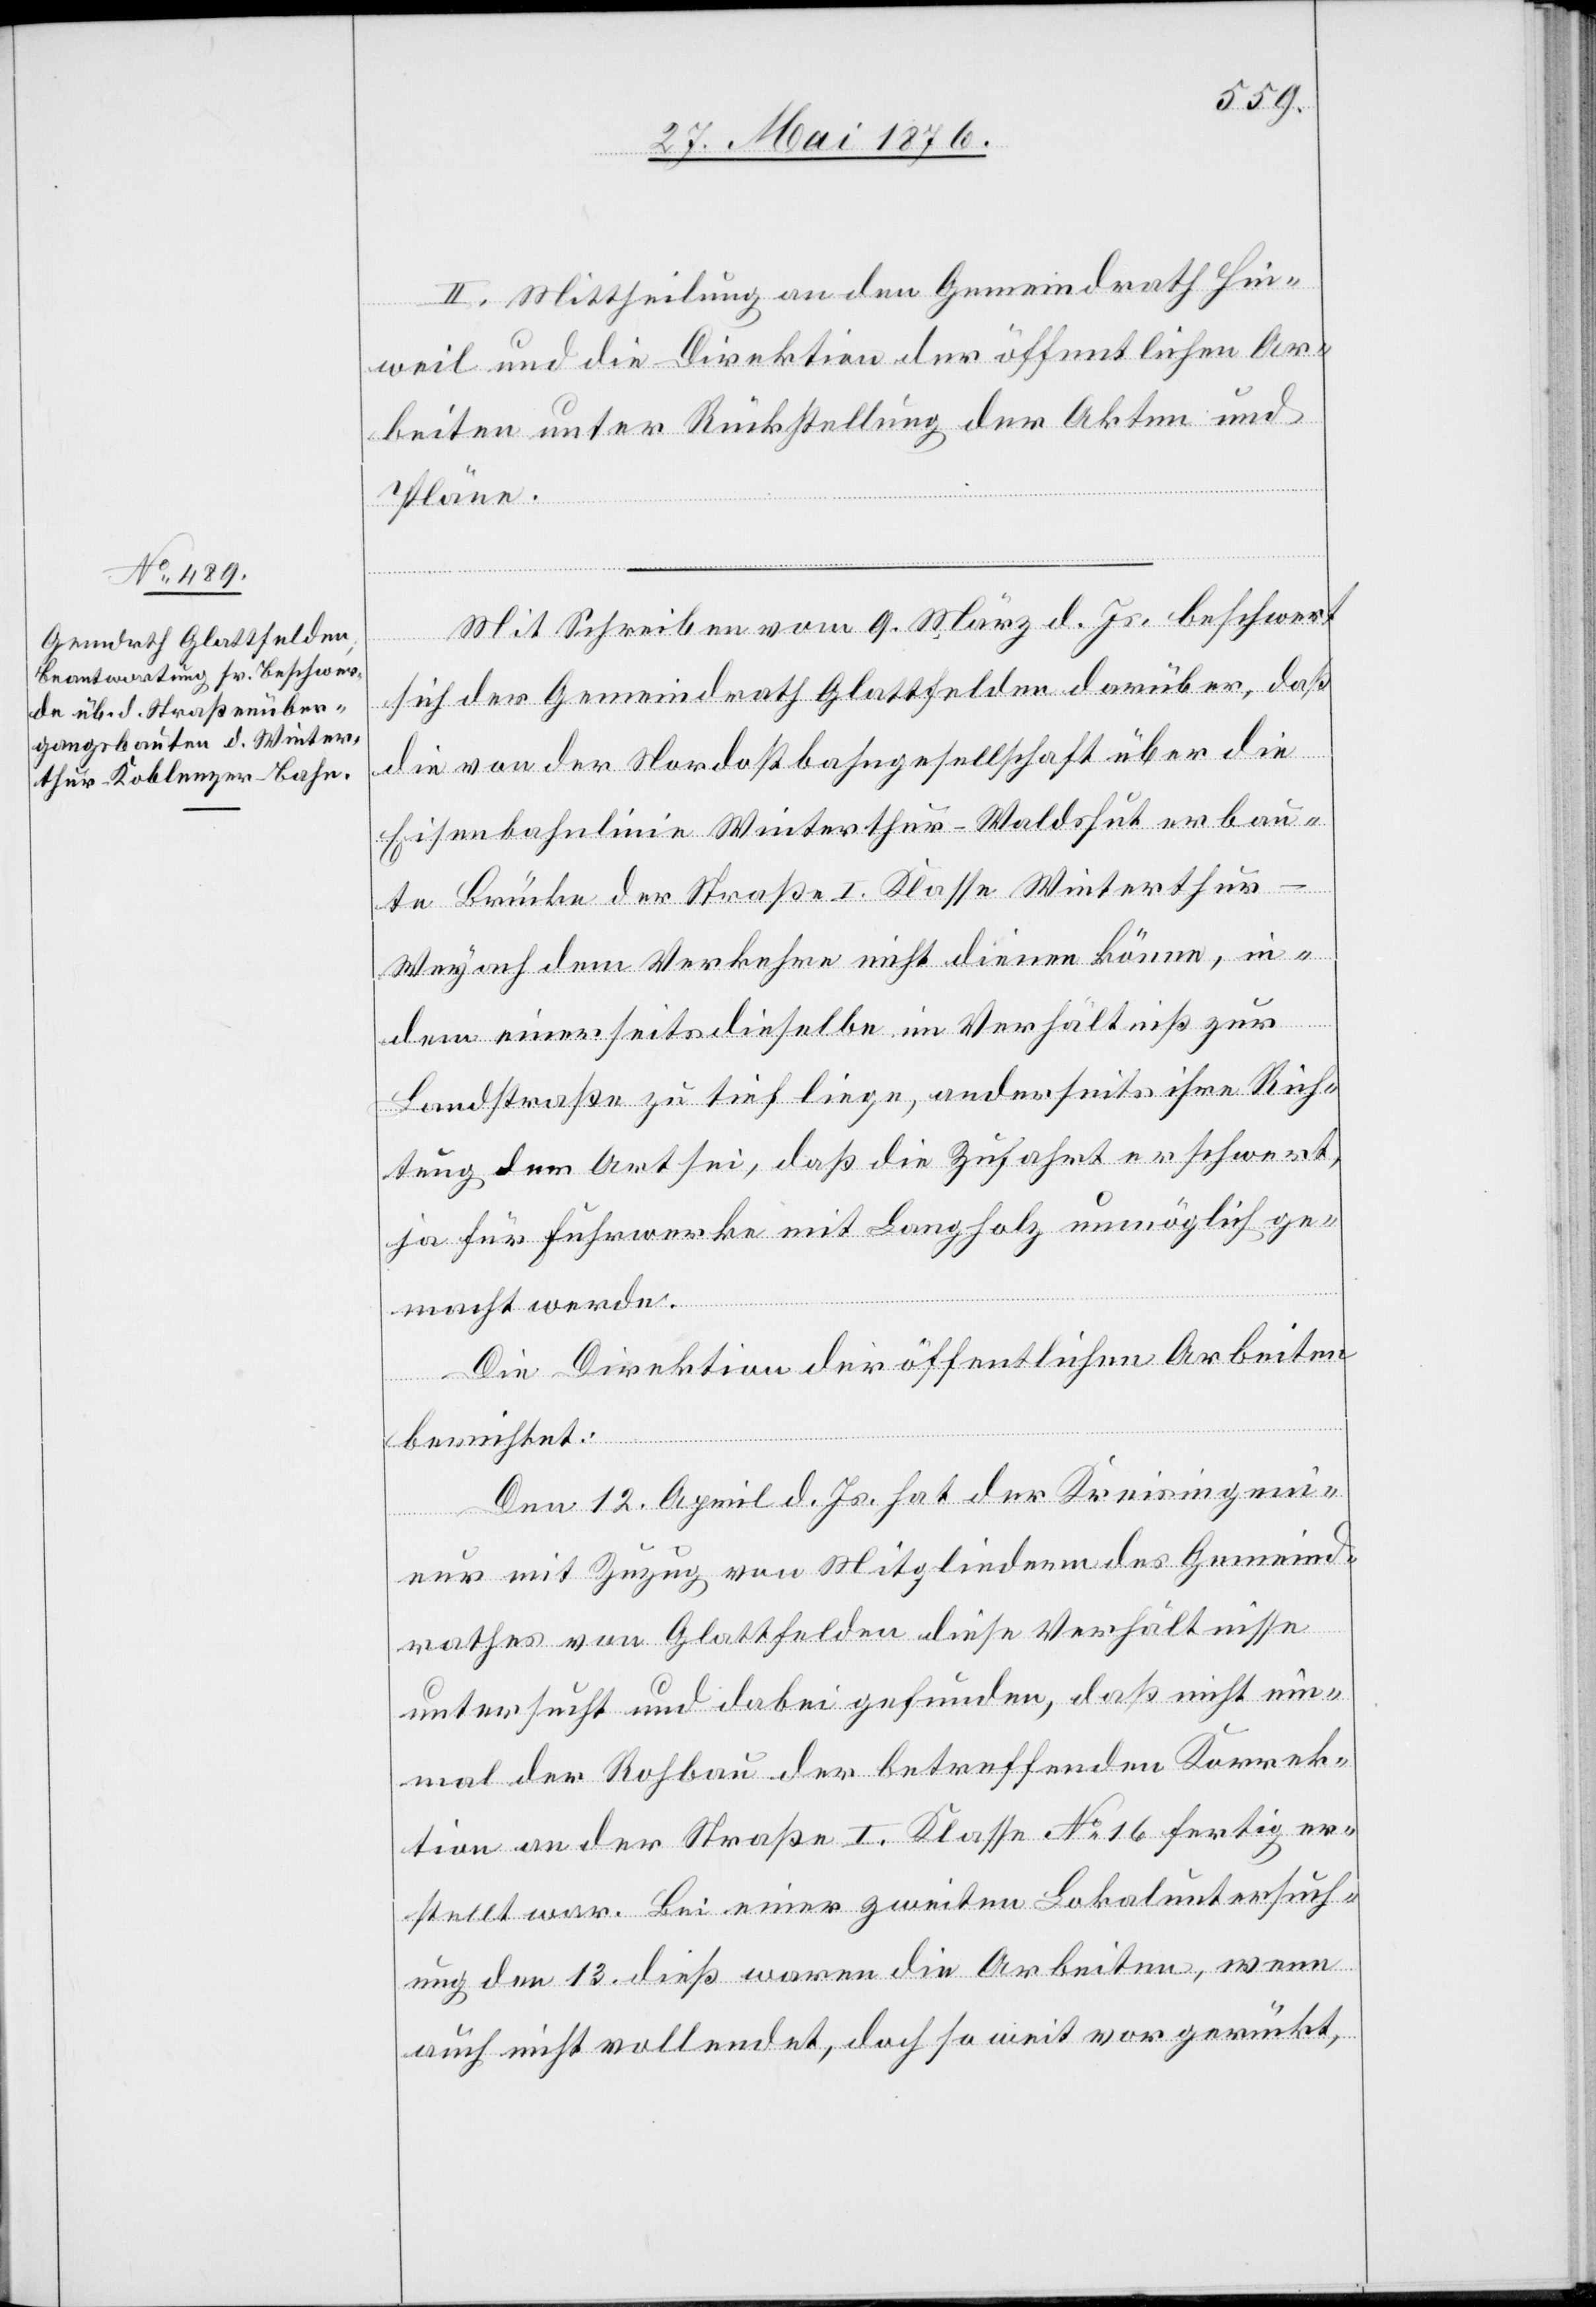
II. Mittheilung an den Gemeindrath Hin¬
weil und die Direktion der öffentlichen Ar¬
beiten unter Rückstellung der Akten und
Pläne.
Mit Schreiben vom 9. März d. Js. beschwert
sich der Gemeindrath Glattfelden darüber, daß
die von der Nordostbahngesellschaft über die
Eisenbahnlinie Winterthur–Waldshut erbau¬
te Brücke der Straße I. Klasse Winterthur–W¬
eyach dem Verkehre nicht dienen könne, in¬
dem einerseits dieselbe im Verhältniß zur
Landstraße zu tief liege, anderseits ihre Rich¬
tung der Art sei, daß die Zufahrt erschwert,
ja für Fuhrwerke mit Langholz unmöglich ge¬
macht werde.
Die Direktion der öffentlichen Arbeiten
berichtet:
Den 12. April d. Js. hat der Kreisingeni¬
eur mit Zuzug von Mitgliedern des Gemeind¬
rathes von Glattfelden diese Verhältnisse
untersucht und dabei gefunden, daß nicht ein¬
mal der Rohbau der betreffenden Korrek¬
tion an der Straße I. Klasse No 16 fertig er¬
stellt war. Bei einer zweiten Lokaluntersuch¬
ung den 13. dieß waren die Arbeiten, wenn
auch nicht vollendet, doch so weit vorgerückt,